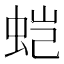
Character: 𰲹